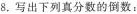
8.写出下列真分数的倒数：